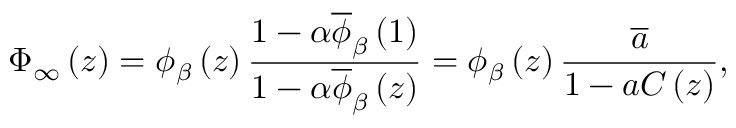
\Phi _ { \infty } \left( z \right) = \phi _ { \beta } \left( z \right) \frac { 1 - \alpha \overline { { \phi } } _ { \beta } \left( 1 \right) } { 1 - \alpha \overline { { \phi } } _ { \beta } \left( z \right) } = \phi _ { \beta } \left( z \right) \frac { \overline { { a } } } { 1 - a C \left( z \right) } ,